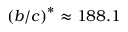
\left( b / c \right) ^ { \ast } \approx 1 8 8 . 1